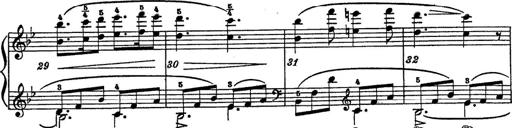
Title: 6 Polish Songs
Composer: Franz Liszt